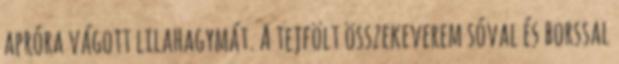
apróra vágott lilahagymát. A tejfölt összekeverem sóval és borssal